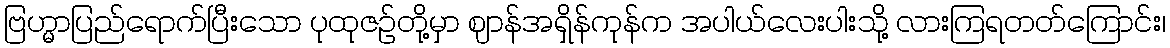
ဗြဟ္မာပြည်ရောက်ပြီးသော ပုထုဇဉ်တို့မှာ ဈာန်အရှိန်ကုန်က အပါယ်လေးပါးသို့ လားကြရတတ်ကြောင်း၊